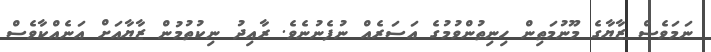
ނަމަވެސް ޒާޔާގެ މޫނުމަތިން ހިނިތުންވުމުގެ އަސަރެއް ނުފެނުނެވެ. ރާއިދު ނިކުތުމުން ޒާޔާއަށް އަނެއްކާވެސް